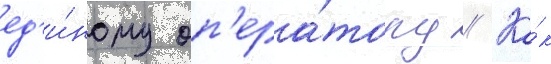
ед'и́ному оп'ера́тору // Ка́к